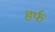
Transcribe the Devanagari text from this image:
हर्फ